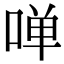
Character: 啴